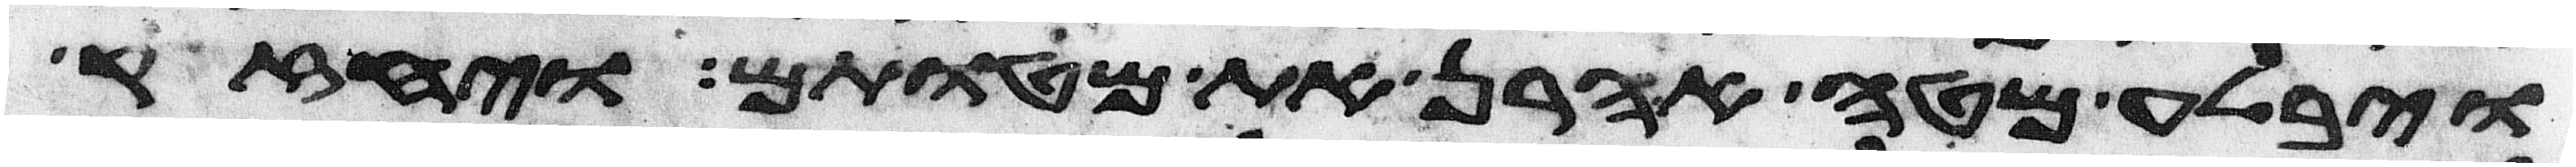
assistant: ויבלע מטה אהרן את מטותם ויחזק